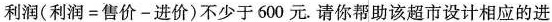
利润(利润=售价-进价)不少于600元。请你帮助该超市设计相应的进